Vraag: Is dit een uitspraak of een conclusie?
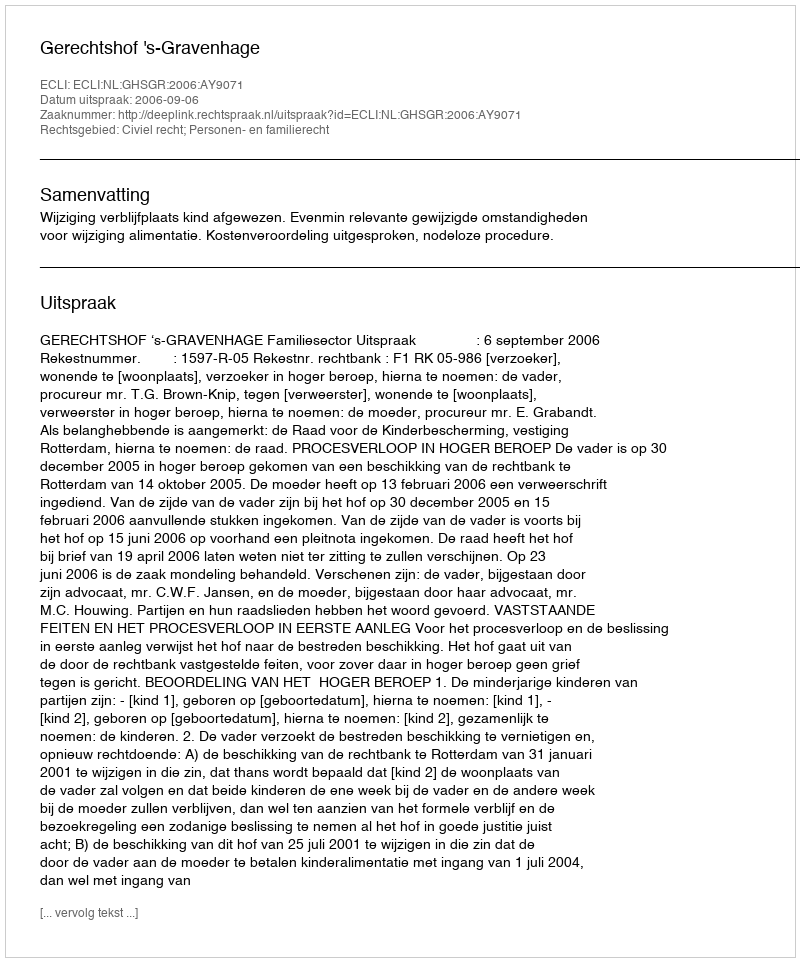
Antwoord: Uitspraak